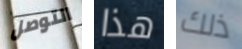
التوصل هذا ذلك